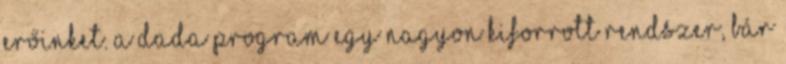
erőinket. A DADA program egy nagyon kiforrott rendszer, bár